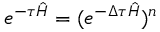
e ^ { - \tau \hat { H } } = ( e ^ { - \Delta \tau \hat { H } } ) ^ { n }